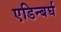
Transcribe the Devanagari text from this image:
एडिन्बर्घ